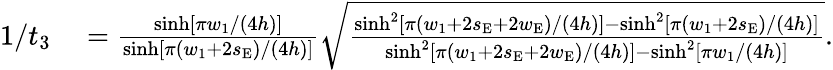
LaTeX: \begin{array}{rl}{1/t_{3}}&{{}=\frac{\sinh[\pi w_{1}/(4h)]}{\sinh[\pi(w_{1}+2s_{\mathrm{E}})/(4h)]}\sqrt{\frac{\sinh^{2}[\pi(w_{1}+2s_{\mathrm{E}}+2w_{\mathrm{E}})/(4h)]-\sinh^{2}[\pi(w_{1}+2s_{\mathrm{E}})/(4h)]}{\sinh^{2}[\pi(w_{1}+2s_{\mathrm{E}}+2w_{\mathrm{E}})/(4h)]-\sinh^{2}[\pi w_{1}/(4h)]}}.}\end{array}